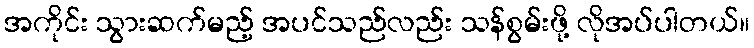
အကိုင်း သွားဆက်မည့် အပင်သည်လည်း သန်စွမ်းဖို့ လိုအပ်ပါတယ်။